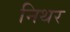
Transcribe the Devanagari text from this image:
निथर